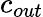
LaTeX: c_{out}